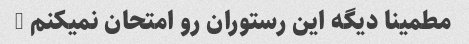
مطمینا دیگه این رستوران رو امتحان نمیکنم …